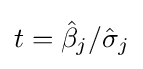
t={\hat {\beta }}_{j}/{\hat {\sigma }}_{j}